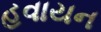
હવાયન